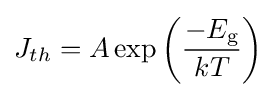
J_{th}=A\exp \left({\frac {-E_{\text{g}}}{kT}}\right)